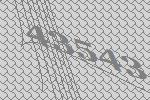
43543